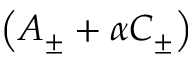
\left( { \cal A } _ { \pm } + \alpha { \cal C } _ { \pm } \right)